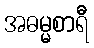
အဓမ္မစာရီ